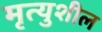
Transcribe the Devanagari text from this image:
मृत्युशील